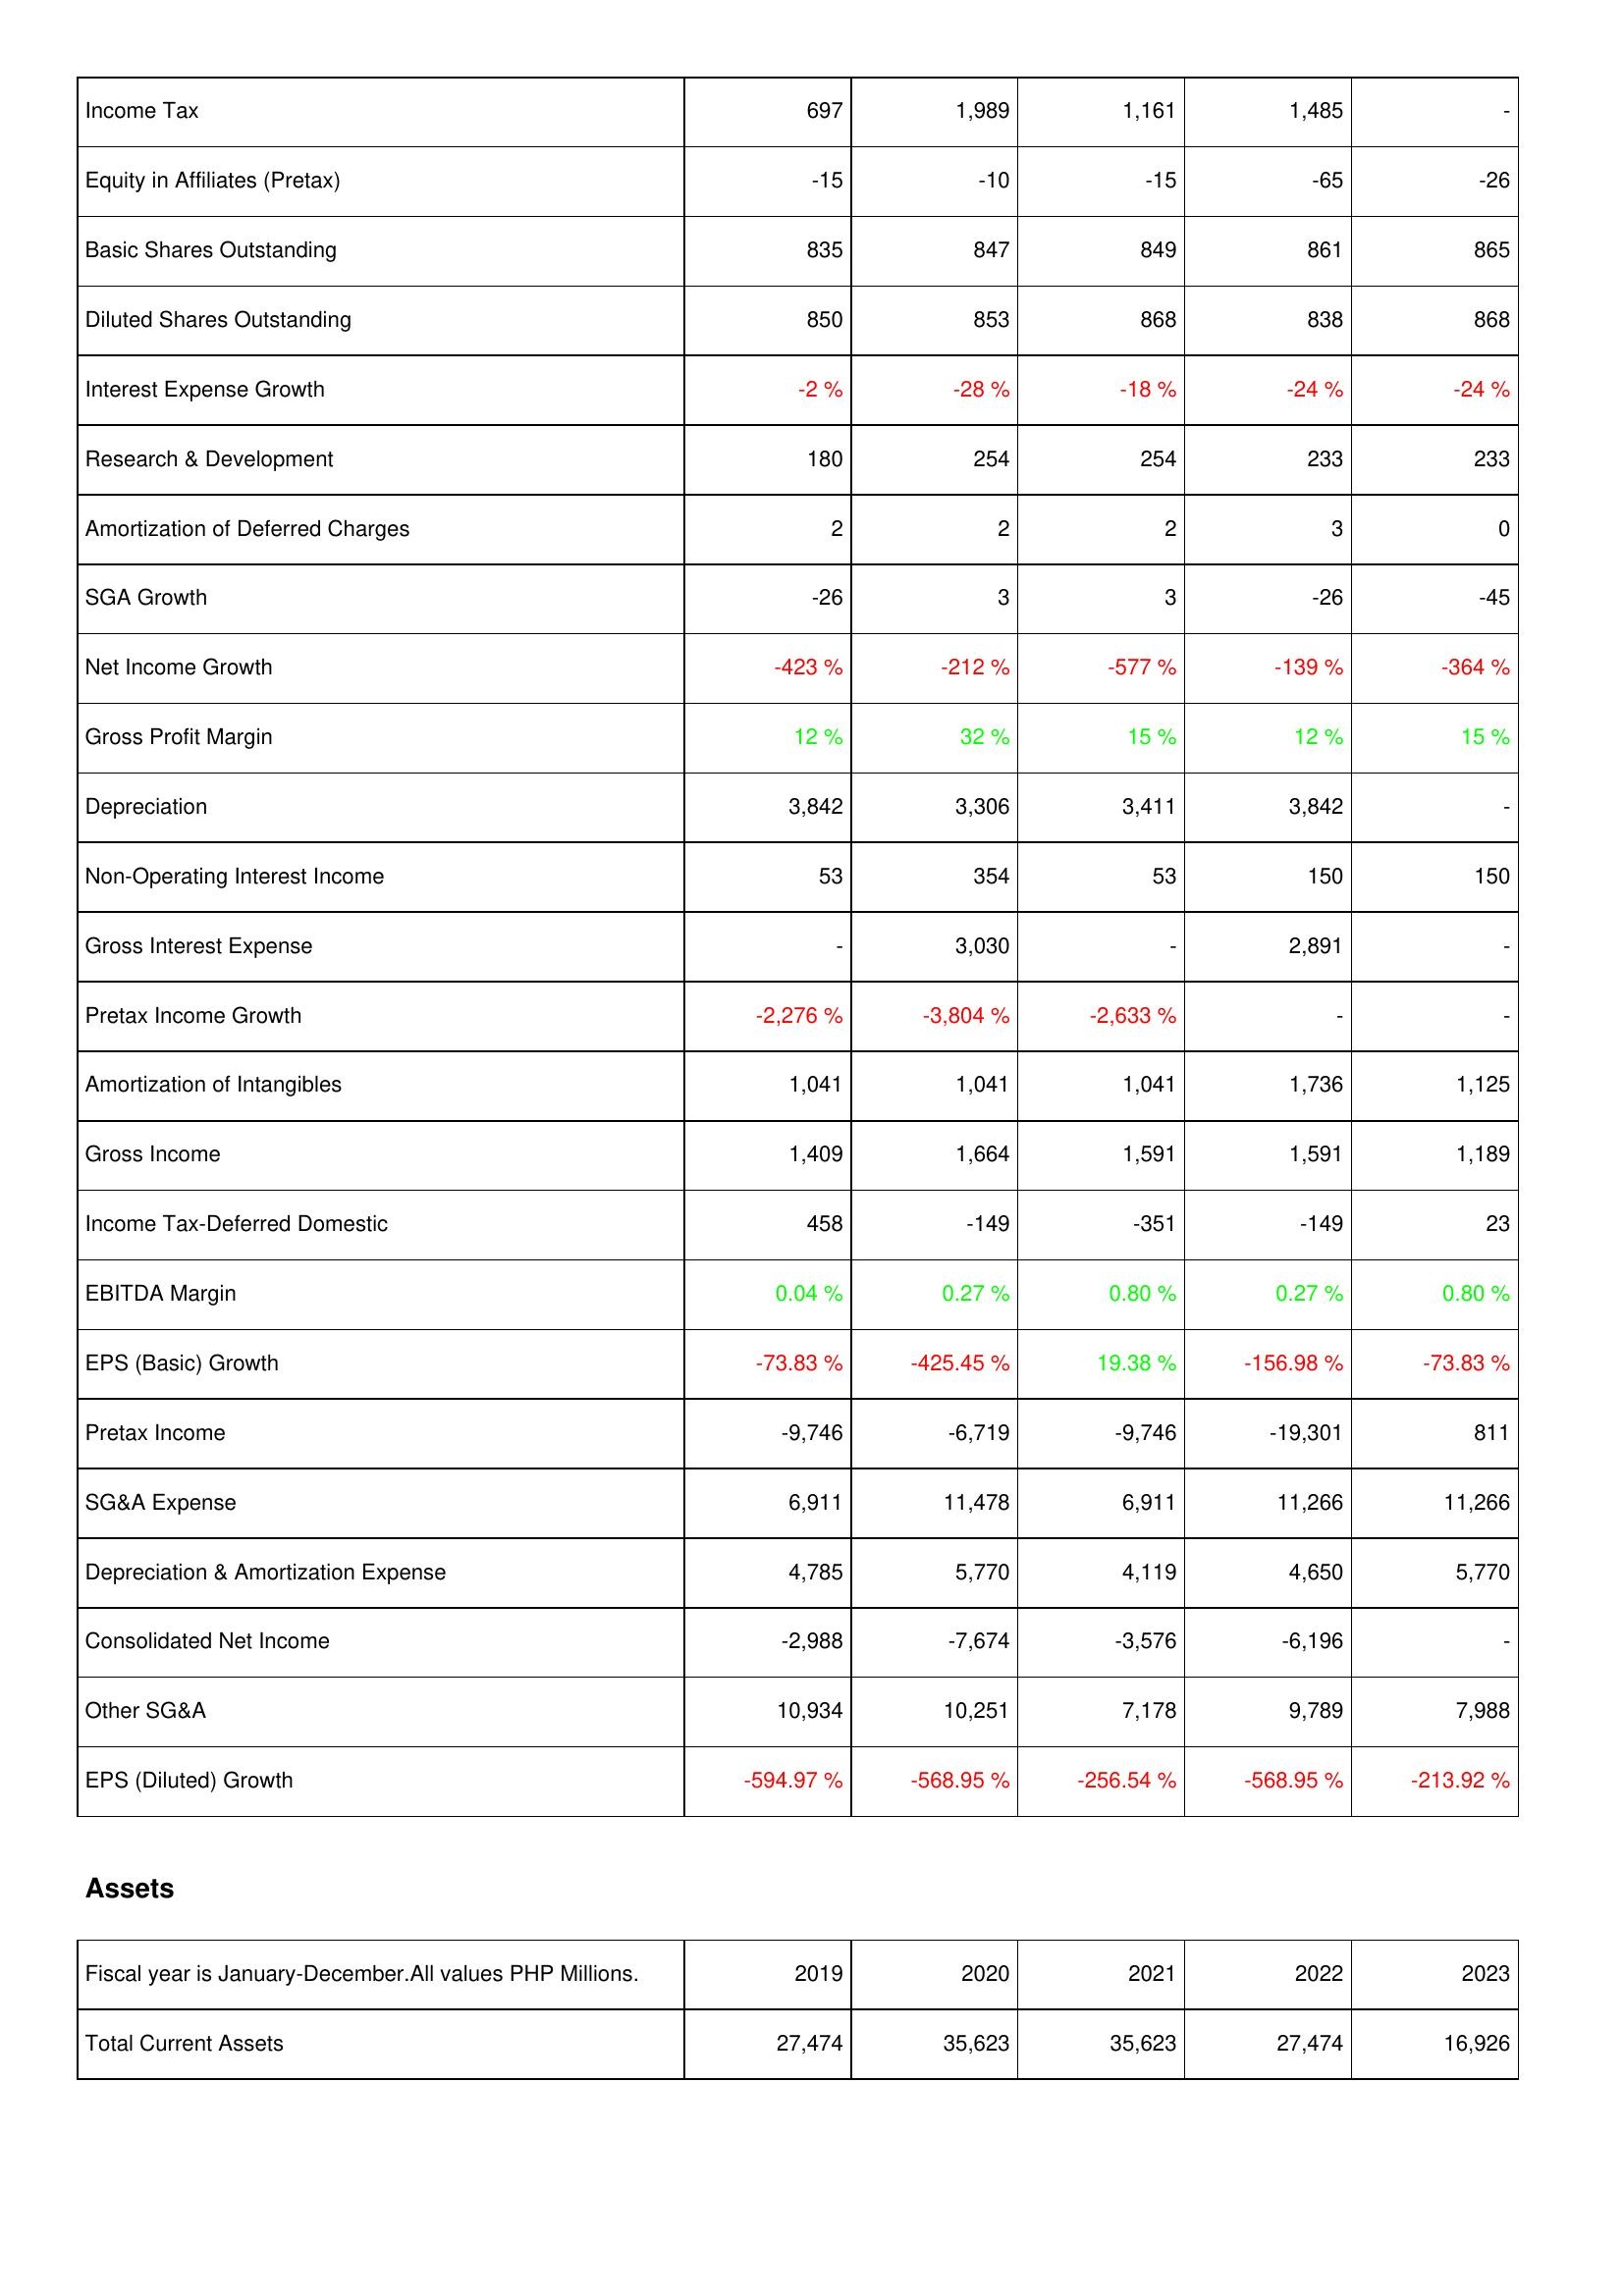
2019: Income Statement: Income Tax: 697
Equity in Affiliates (Pretax): -15
Basic Shares Outstanding: 835
Diluted Shares Outstanding: 850
Interest Expense Growth: -2 %
Research & Development: 180
Amortization of Deferred Charges: 2
SGA Growth: -26
Net Income Growth: -423 %
Gross Profit Margin: 12 %
Depreciation: 3,842
Non-Operating Interest Income: 53
Gross Interest Expense: -
Pretax Income Growth: -2,276 %
Amortization of Intangibles: 1,041
Gross Income: 1,409
Income Tax-Deferred Domestic: 458
EBITDA Margin: 0.04 %
EPS (Basic) Growth: -73.83 %
Pretax Income: -9,746
SG&A Expense: 6,911
Depreciation & Amortization Expense: 4,785
Consolidated Net Income: -2,988
Other SG&A: 10,934
EPS (Diluted) Growth: -594.97 %
Assets: Total Current Assets: 27,474
2020: Income Statement: Income Tax: 1,989
Equity in Affiliates (Pretax): -10
Basic Shares Outstanding: 847
Diluted Shares Outstanding: 853
Interest Expense Growth: -28 %
Research & Development: 254
Amortization of Deferred Charges: 2
SGA Growth: 3
Net Income Growth: -212 %
Gross Profit Margin: 32 %
Depreciation: 3,306
Non-Operating Interest Income: 354
Gross Interest Expense: 3,030
Pretax Income Growth: -3,804 %
Amortization of Intangibles: 1,041
Gross Income: 1,664
Income Tax-Deferred Domestic: -149
EBITDA Margin: 0.27 %
EPS (Basic) Growth: -425.45 %
Pretax Income: -6,719
SG&A Expense: 11,478
Depreciation & Amortization Expense: 5,770
Consolidated Net Income: -7,674
Other SG&A: 10,251
EPS (Diluted) Growth: -568.95 %
Assets: Total Current Assets: 35,623
2021: Income Statement: Income Tax: 1,161
Equity in Affiliates (Pretax): -15
Basic Shares Outstanding: 849
Diluted Shares Outstanding: 868
Interest Expense Growth: -18 %
Research & Development: 254
Amortization of Deferred Charges: 2
SGA Growth: 3
Net Income Growth: -577 %
Gross Profit Margin: 15 %
Depreciation: 3,411
Non-Operating Interest Income: 53
Gross Interest Expense: -
Pretax Income Growth: -2,633 %
Amortization of Intangibles: 1,041
Gross Income: 1,591
Income Tax-Deferred Domestic: -351
EBITDA Margin: 0.80 %
EPS (Basic) Growth: 19.38 %
Pretax Income: -9,746
SG&A Expense: 6,911
Depreciation & Amortization Expense: 4,119
Consolidated Net Income: -3,576
Other SG&A: 7,178
EPS (Diluted) Growth: -256.54 %
Assets: Total Current Assets: 35,623
2022: Income Statement: Income Tax: 1,485
Equity in Affiliates (Pretax): -65
Basic Shares Outstanding: 861
Diluted Shares Outstanding: 838
Interest Expense Growth: -24 %
Research & Development: 233
Amortization of Deferred Charges: 3
SGA Growth: -26
Net Income Growth: -139 %
Gross Profit Margin: 12 %
Depreciation: 3,842
Non-Operating Interest Income: 150
Gross Interest Expense: 2,891
Pretax Income Growth: -
Amortization of Intangibles: 1,736
Gross Income: 1,591
Income Tax-Deferred Domestic: -149
EBITDA Margin: 0.27 %
EPS (Basic) Growth: -156.98 %
Pretax Income: -19,301
SG&A Expense: 11,266
Depreciation & Amortization Expense: 4,650
Consolidated Net Income: -6,196
Other SG&A: 9,789
EPS (Diluted) Growth: -568.95 %
Assets: Total Current Assets: 27,474
2023: Income Statement: Income Tax: -
Equity in Affiliates (Pretax): -26
Basic Shares Outstanding: 865
Diluted Shares Outstanding: 868
Interest Expense Growth: -24 %
Research & Development: 233
Amortization of Deferred Charges: 0
SGA Growth: -45
Net Income Growth: -364 %
Gross Profit Margin: 15 %
Depreciation: -
Non-Operating Interest Income: 150
Gross Interest Expense: -
Pretax Income Growth: -
Amortization of Intangibles: 1,125
Gross Income: 1,189
Income Tax-Deferred Domestic: 23
EBITDA Margin: 0.80 %
EPS (Basic) Growth: -73.83 %
Pretax Income: 811
SG&A Expense: 11,266
Depreciation & Amortization Expense: 5,770
Consolidated Net Income: -
Other SG&A: 7,988
EPS (Diluted) Growth: -213.92 %
Assets: Total Current Assets: 16,926